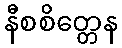
နီစစိတ္တေန